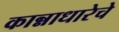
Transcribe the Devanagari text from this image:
कान्नाधारेचे